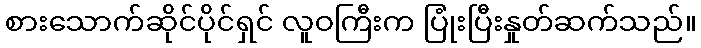
စားသောက်ဆိုင်ပိုင်ရှင် လူဝကြီးက ပြုံးပြီးနှုတ်ဆက်သည်။